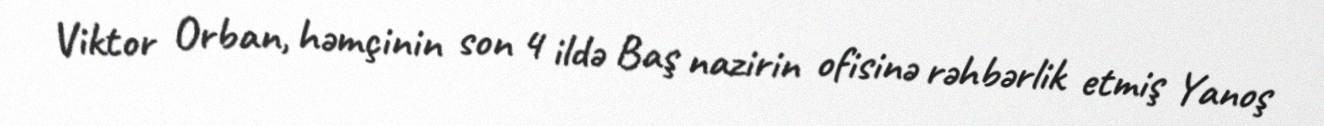
Viktor Orban, həmçinin son 4 ildə Baş nazirin ofisinə rəhbərlik etmiş Yanoş